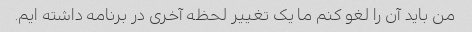
من باید آن را لغو کنم ما یک تغییر لحظه آخری در برنامه داشته ایم.